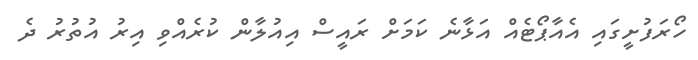
ހޯރަފުށީގައި އެއާޕޯޓެއް އަޅާނެ ކަމަށް ރައީސް އިއުލާން ކުރެއްވި އިރު އުތުރު ދެ